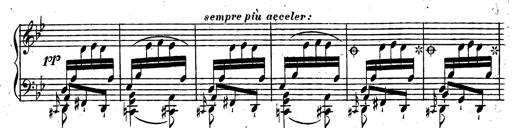
Title: Rondeau fantastique sur un thÃ¨me espagnol
Composer: Franz Liszt